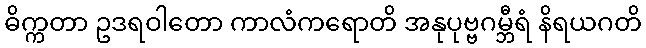
ဓိက္ကတာ ဥဒရဝါတော ကာလံကရောတိ အနုပုဗ္ဗဂမ္ဘီရံ နိရယဂတိ